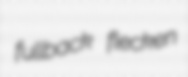
fullback flecken